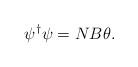
LaTeX: \begin{align*}\psi^{\dag} \psi = N B \theta.\end{align*}